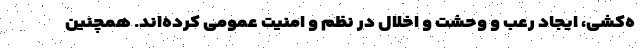
ه‌کشی، ایجاد رعب و وحشت و اخلال در نظم و امنیت عمومی کرده‌اند. همچنین